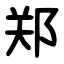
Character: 郑